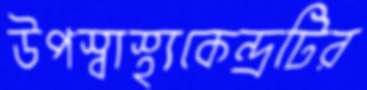
উপস্বাস্থ্যকেন্দ্রটির